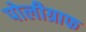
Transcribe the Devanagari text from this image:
पोलीग्राफ